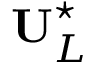
\mathbf { U } _ { L } ^ { \star }